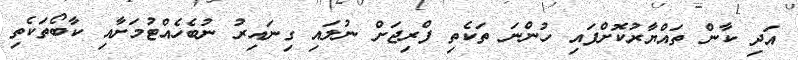
އަދި ކާން ތައްޔާރުކޮށްފައި ހުންނަ ތަކެތި ފްރިޖަށް ނުލައި ގިނައިރު ނުބެހެއްޓުމަށާއި ކާބޯތަކެތި